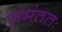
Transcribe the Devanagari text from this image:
समंततः